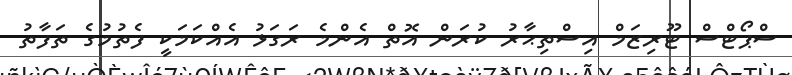
ސްޕޯޓްސް ޓޫރިޒަމް އިސްތިޙާރު ކުރަން އޮތް އެންމެ ރަގަޅު އެއްކަމަކީ ފެތުމުގެ ތަފާތު